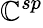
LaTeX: \mathbb{C}_{}^{sp}